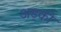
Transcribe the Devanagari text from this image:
अड्को